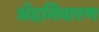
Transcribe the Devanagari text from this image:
भेदनिवारण